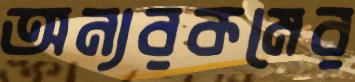
অন্যরকমের